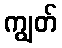
ကျွတ်